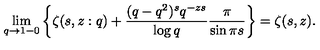
\lim _ { q \to 1 - 0 } \left\{ \zeta ( s , z : q ) + \frac { ( q - q ^ { 2 } ) ^ { s } q ^ { - z s } } { \log q } \frac { \pi } { \sin \pi s } \right\} = \zeta ( s , z ) .